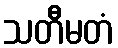
သတီမတံ